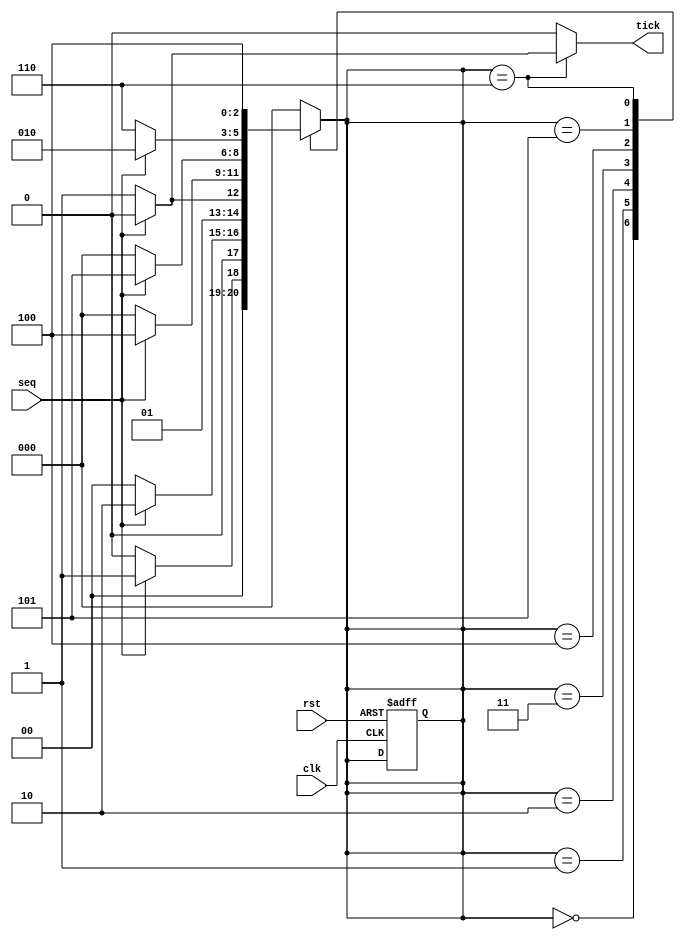
module seq2(
    input clk,rst,seq,
    output reg tick
    );
localparam a=3'b000;
localparam b=3'b001;
localparam c=3'b010;
localparam d=3'b011;
localparam e=3'b100;
localparam f=3'b101;
localparam g=3'b110;

reg [2:0] p_s,n_s;
always @ (posedge clk,posedge rst)
begin
   if(rst) p_s=a;
	else  p_s=n_s;
end
always @ *
   begin
     p_s=n_s;
     tick=1'b0;
     case(p_s)
       a:if(seq)  n_s=b;
         else n_s=a;	
       b:if(seq)  n_s=c;
         else n_s=a;
       c:if(seq)  n_s=c;
         else n_s=d;
		 d:if(seq)  n_s=e;
         else n_s=a;	
       e:if(seq)  n_s=f;
         else n_s=a;
       f:if(seq)  n_s=c;
         else n_s=g;
       g:if(seq) 
     		 n_s=e;  
			 
         else begin n_s=e; tick=1'b1;
			end
       default:begin
         tick=1'b0;   n_s=a;
        end
     endcase
   end	  

endmodule